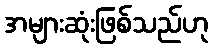
အများဆုံးဖြစ်သည်ဟု